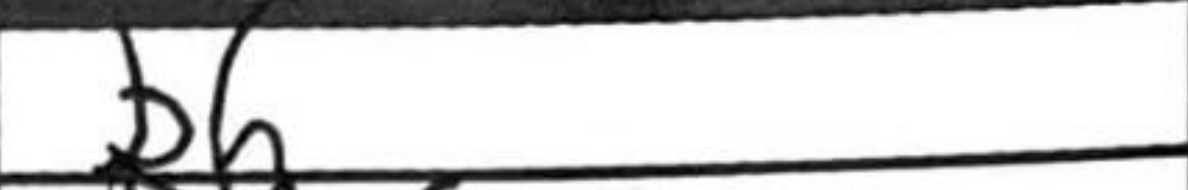
Transcription: b6